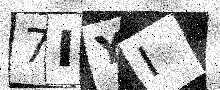
Text: 7IYI